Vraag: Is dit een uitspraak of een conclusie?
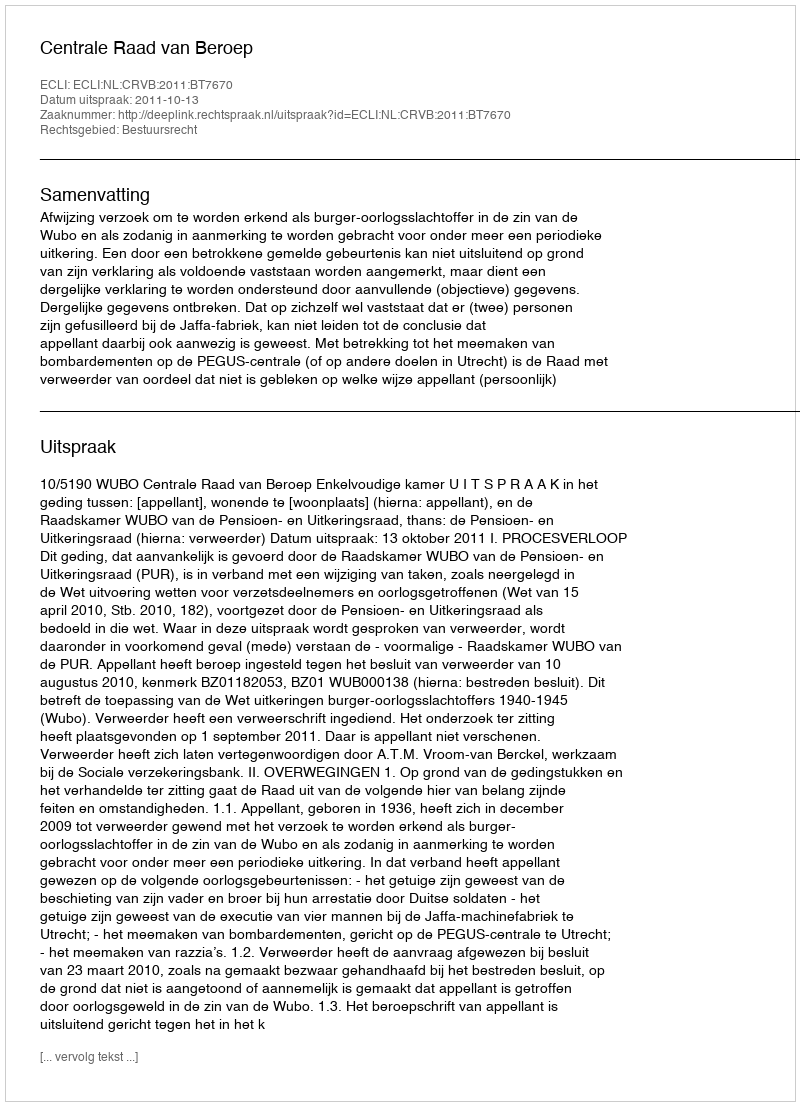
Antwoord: Uitspraak